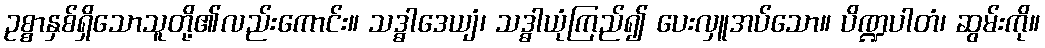
ဥစ္စာနှစ်ရှိသောသူတို့၏လည်းကောင်း။ သဒ္ဓါဒေယျံ၊ သဒ္ဓါယုံကြည်၍ ပေးလှူအပ်သော။ ပိဏ္ဍပါတံ၊ ဆွမ်းကို။